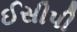
ઈસીપી